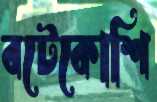
বটেকোশি